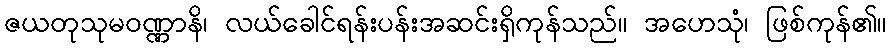
ဇယတုသုမဝဏ္ဏာနိ၊ လယ်ခေါင်ရန်းပန်းအဆင်းရှိကုန်သည်။ အဟေသုံ၊ ဖြစ်ကုန်၏။